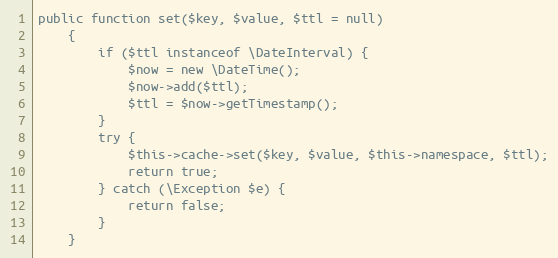
Language: PHP
public function set($key, $value, $ttl = null)
    {
        if ($ttl instanceof \DateInterval) {
            $now = new \DateTime();
            $now->add($ttl);
            $ttl = $now->getTimestamp();
        }
        try {
            $this->cache->set($key, $value, $this->namespace, $ttl);
            return true;
        } catch (\Exception $e) {
            return false;
        }
    }